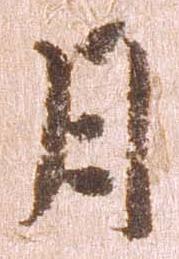
月